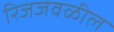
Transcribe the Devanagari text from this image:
रिजजवळील